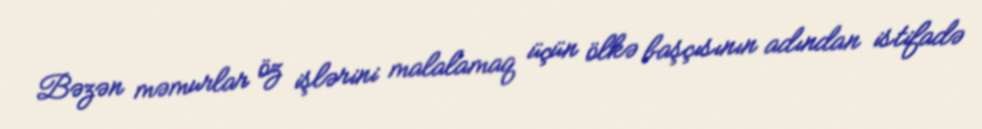
Bəzən məmurlar öz işlərini malalamaq üçün ölkə başçısının adından istifadə